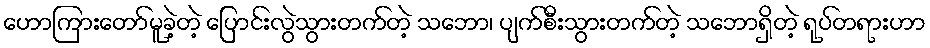
ဟောကြားတော်မူခဲ့တဲ့ ပြောင်းလွဲသွားတက်တဲ့ သဘော၊ ပျက်စီးသွားတက်တဲ့ သဘောရှိတဲ့ ရုပ်တရားဟာ